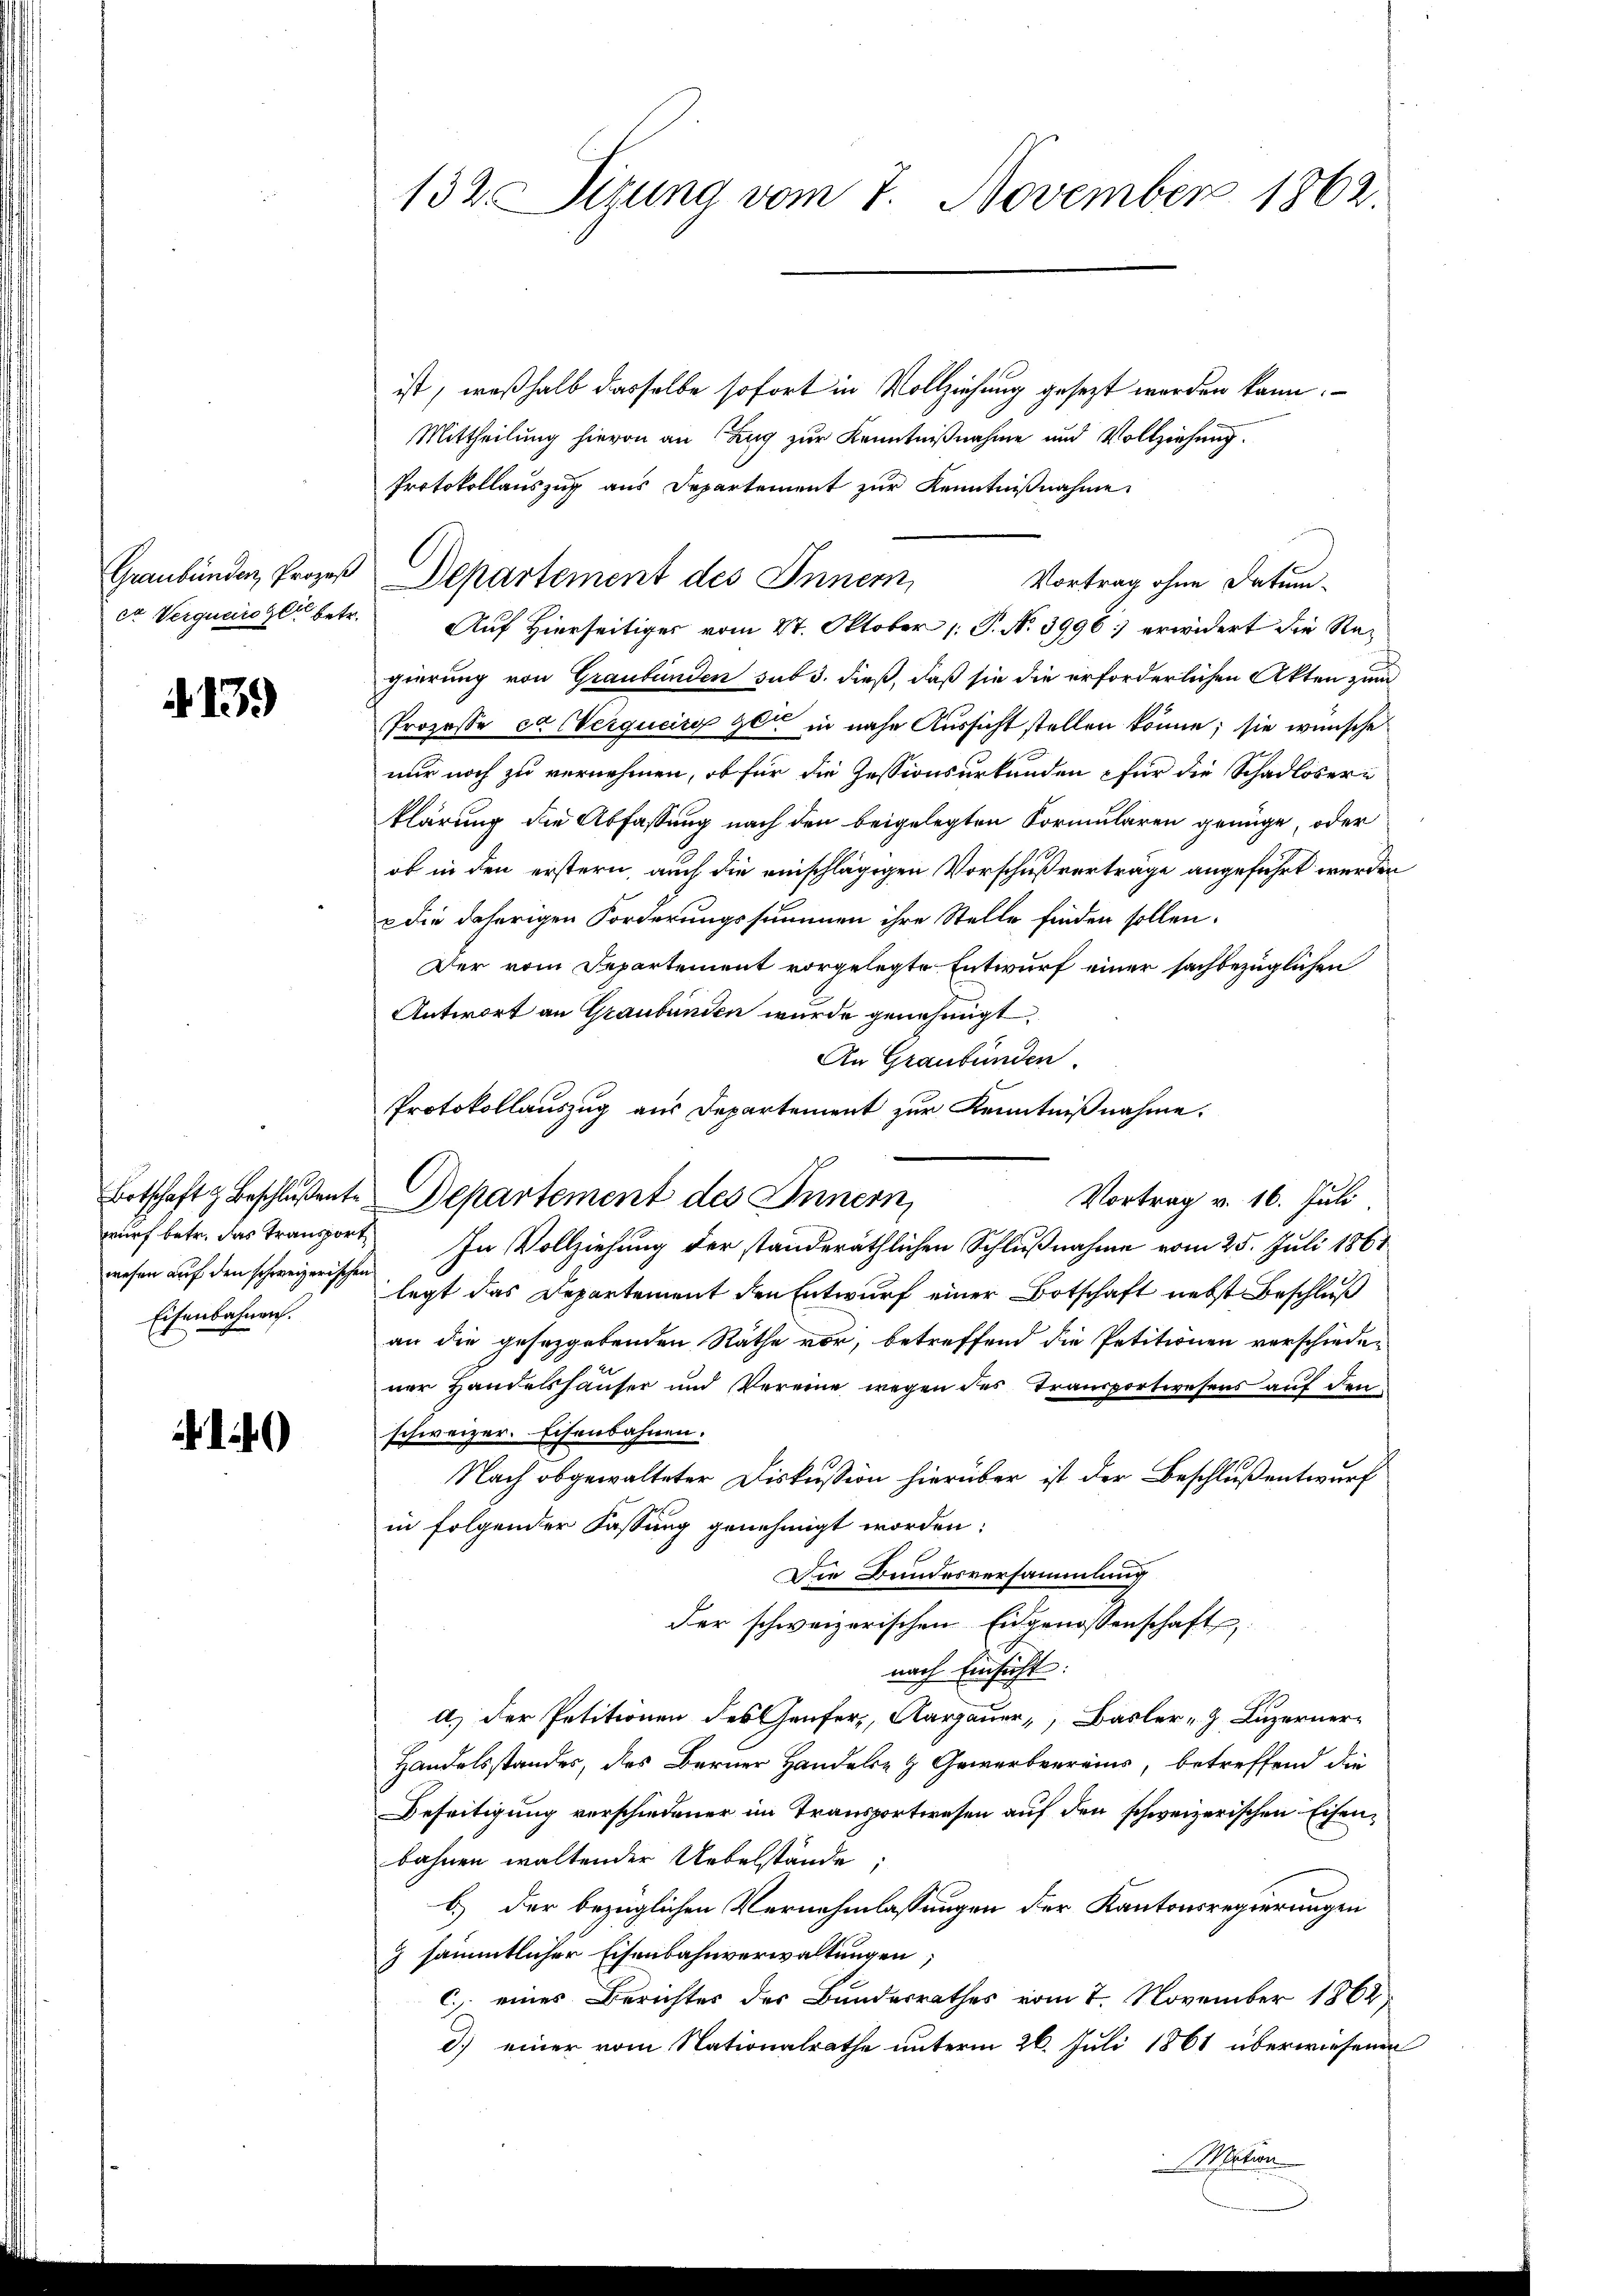
Graubünden, Prozeß
er Verqueroger betr.

.13)

wurf betr. das Transport
wesen auf den schweizerischen
Eisenbahnen.

)

132. Sitzung vom 7. November 1862.

ist, weßhalb dasselbe sofort in Vollziehung gesezt werden kann.
Mittheilung hievon an Zug zur Kenntnißnahme und Vollziehung.
Protokollauszug aus Departement zur Kenntnißnahme
Auf Hierseitiges vom 27. Oktober [ P. N. 3996) erwidert die Regierung von Graubünden sub 3. dieß, daß sie die erforderlichen Akten zum
Prozesse et Werqueirg gen in nahe Aussicht stellen könne; sie wünsche
nur noch zu vernehmen, ob für die Zessionsurkunden für die Schadlosern
klärung die Abfassung nach den beigelegten Formularen genüge, oder
ob in den erstern, auch die einschlägigen Vorschußverträge angeführt werden
p die daherigen Forderungssummen ihre Stelle finden sollen.
Der vom Departement vorgelegte Entwurf einer sachbezüglichen
Antwort an Graubünden wurde genehmigt,
An Graubünden
In Vollziehung der standeräthlichen Schlußnahme vom 25. Juli 1861
legt das Departement den Entwurf einer Botschaft nebst Beschluß
an die gesetzgebenden Räthe vor, betreffend die Petitionen verschiedener Handelshäuser und Vereine wegen des Transportwesens auf den
schweizer. Eisenbahnen.
Nach obgewalteter Diskussion hierüber ist der Beschluß entwurf
in folgender Fassung genehmigt worden:
Die Bundesversammlung
der schweizerischen Eidgenossenschaft
nach Einsicht:
A.) Der Petitionen des Genfer,, Aargauer, Basler, Luzerner¬
Handelsstandes, des Berner Handels- & Gewerbereins, betreffend die
Beseitigung verschiedener im Transportwesen auf den schweizerischen Eisenbahnen waltender Uebelstände,
b.) der bezüglichen Vernehmlassungen der Kantonsregierungen
 sämmtlicher Eisenbahnverwaltungen
c. eines Berichtes des Bundesrathes vom 7. November 1862
d.) einer vom Nationalrathe unterm 26. Juli 1861 überwiesenen
Mation

Departement des Innern,
Vortrag ohne Datum

Botschaft & Beschlußente Departement des Innern,

Protokollauszug aus Departement zur Kenntnißnahme.
Vortrag v. 16. Juli